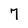
Character: 7